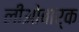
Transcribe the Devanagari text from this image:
लीओबार्क